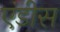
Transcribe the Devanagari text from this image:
एंडीस